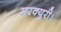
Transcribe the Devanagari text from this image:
मरक्युरी।